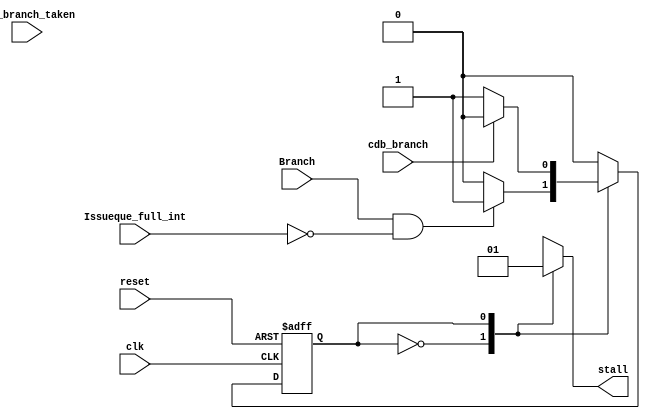
module Branch_Stall_Logic (
	clk,
	reset,
	Branch,
	Issueque_full_int,
	cdb_branch,
	cdb_branch_taken,
	stall
	
);

input			clk,
				reset,
				Branch,
				Issueque_full_int,
				cdb_branch,
				cdb_branch_taken;
output reg 	stall;

localparam Not_STALL = 1'b0;
localparam STALL = 1'b1;

reg  state;

always @(posedge reset, posedge clk)
		begin
		if (reset) 
			state<= Not_STALL;
		else 
			case(state)
				Not_STALL: 	if ((Branch == 1'b1) && (Issueque_full_int == 1'b0))
									state <= STALL;
								else if (((Branch == 1'b1) && (Issueque_full_int == 1'b0))== 1'b0)
									state <= Not_STALL;
				STALL:		if  (cdb_branch == 1'b1)
									state <= Not_STALL;
								else if (cdb_branch == 1'b0)
									state <= STALL;
				default: 	state<= Not_STALL;
			endcase
		end
		
always @*
	begin
			case(state)
			Not_STALL: 	begin
							stall = 1'b0;
							end
			STALL: 		begin
							stall = 1'b1;
							end 
			default:		stall = 1'b0;
			endcase
	end
endmodule